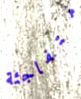
متفاجئة